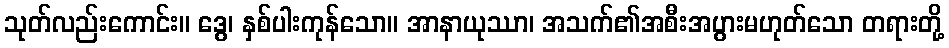
သုတ်လည်းကောင်း။ ဒွေ၊ နှစ်ပါးကုန်သော။ အာနာယုဿာ၊ အသက်၏အစီးအပွားမဟုတ်သော တရားတို့